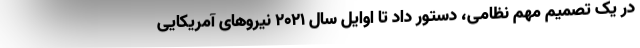
در یک تصمیم مهم نظامی، دستور داد تا اوایل سال ۲۰۲۱ نیروهای آمریکایی